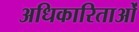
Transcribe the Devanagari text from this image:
अधिकारिताओं